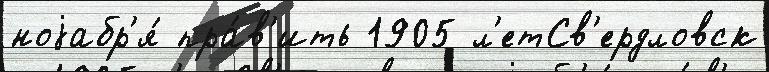
ноjабр'я́ пра́в'ить 1905 л'етСв'ердловск